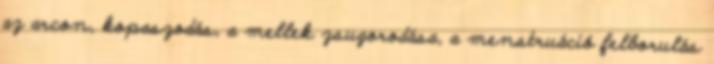
az arcon, kopaszodás, a mellek zsugorodása, a menstruáció felborulás